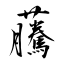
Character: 虅